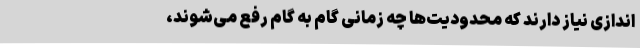
‌اندازی نیاز دارند که محدودیت‌ها چه زمانی گام به گام رفع می‌شوند،